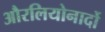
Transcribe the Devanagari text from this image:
औरलियोनार्दो